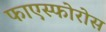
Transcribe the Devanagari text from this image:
फाएस्फोरोस